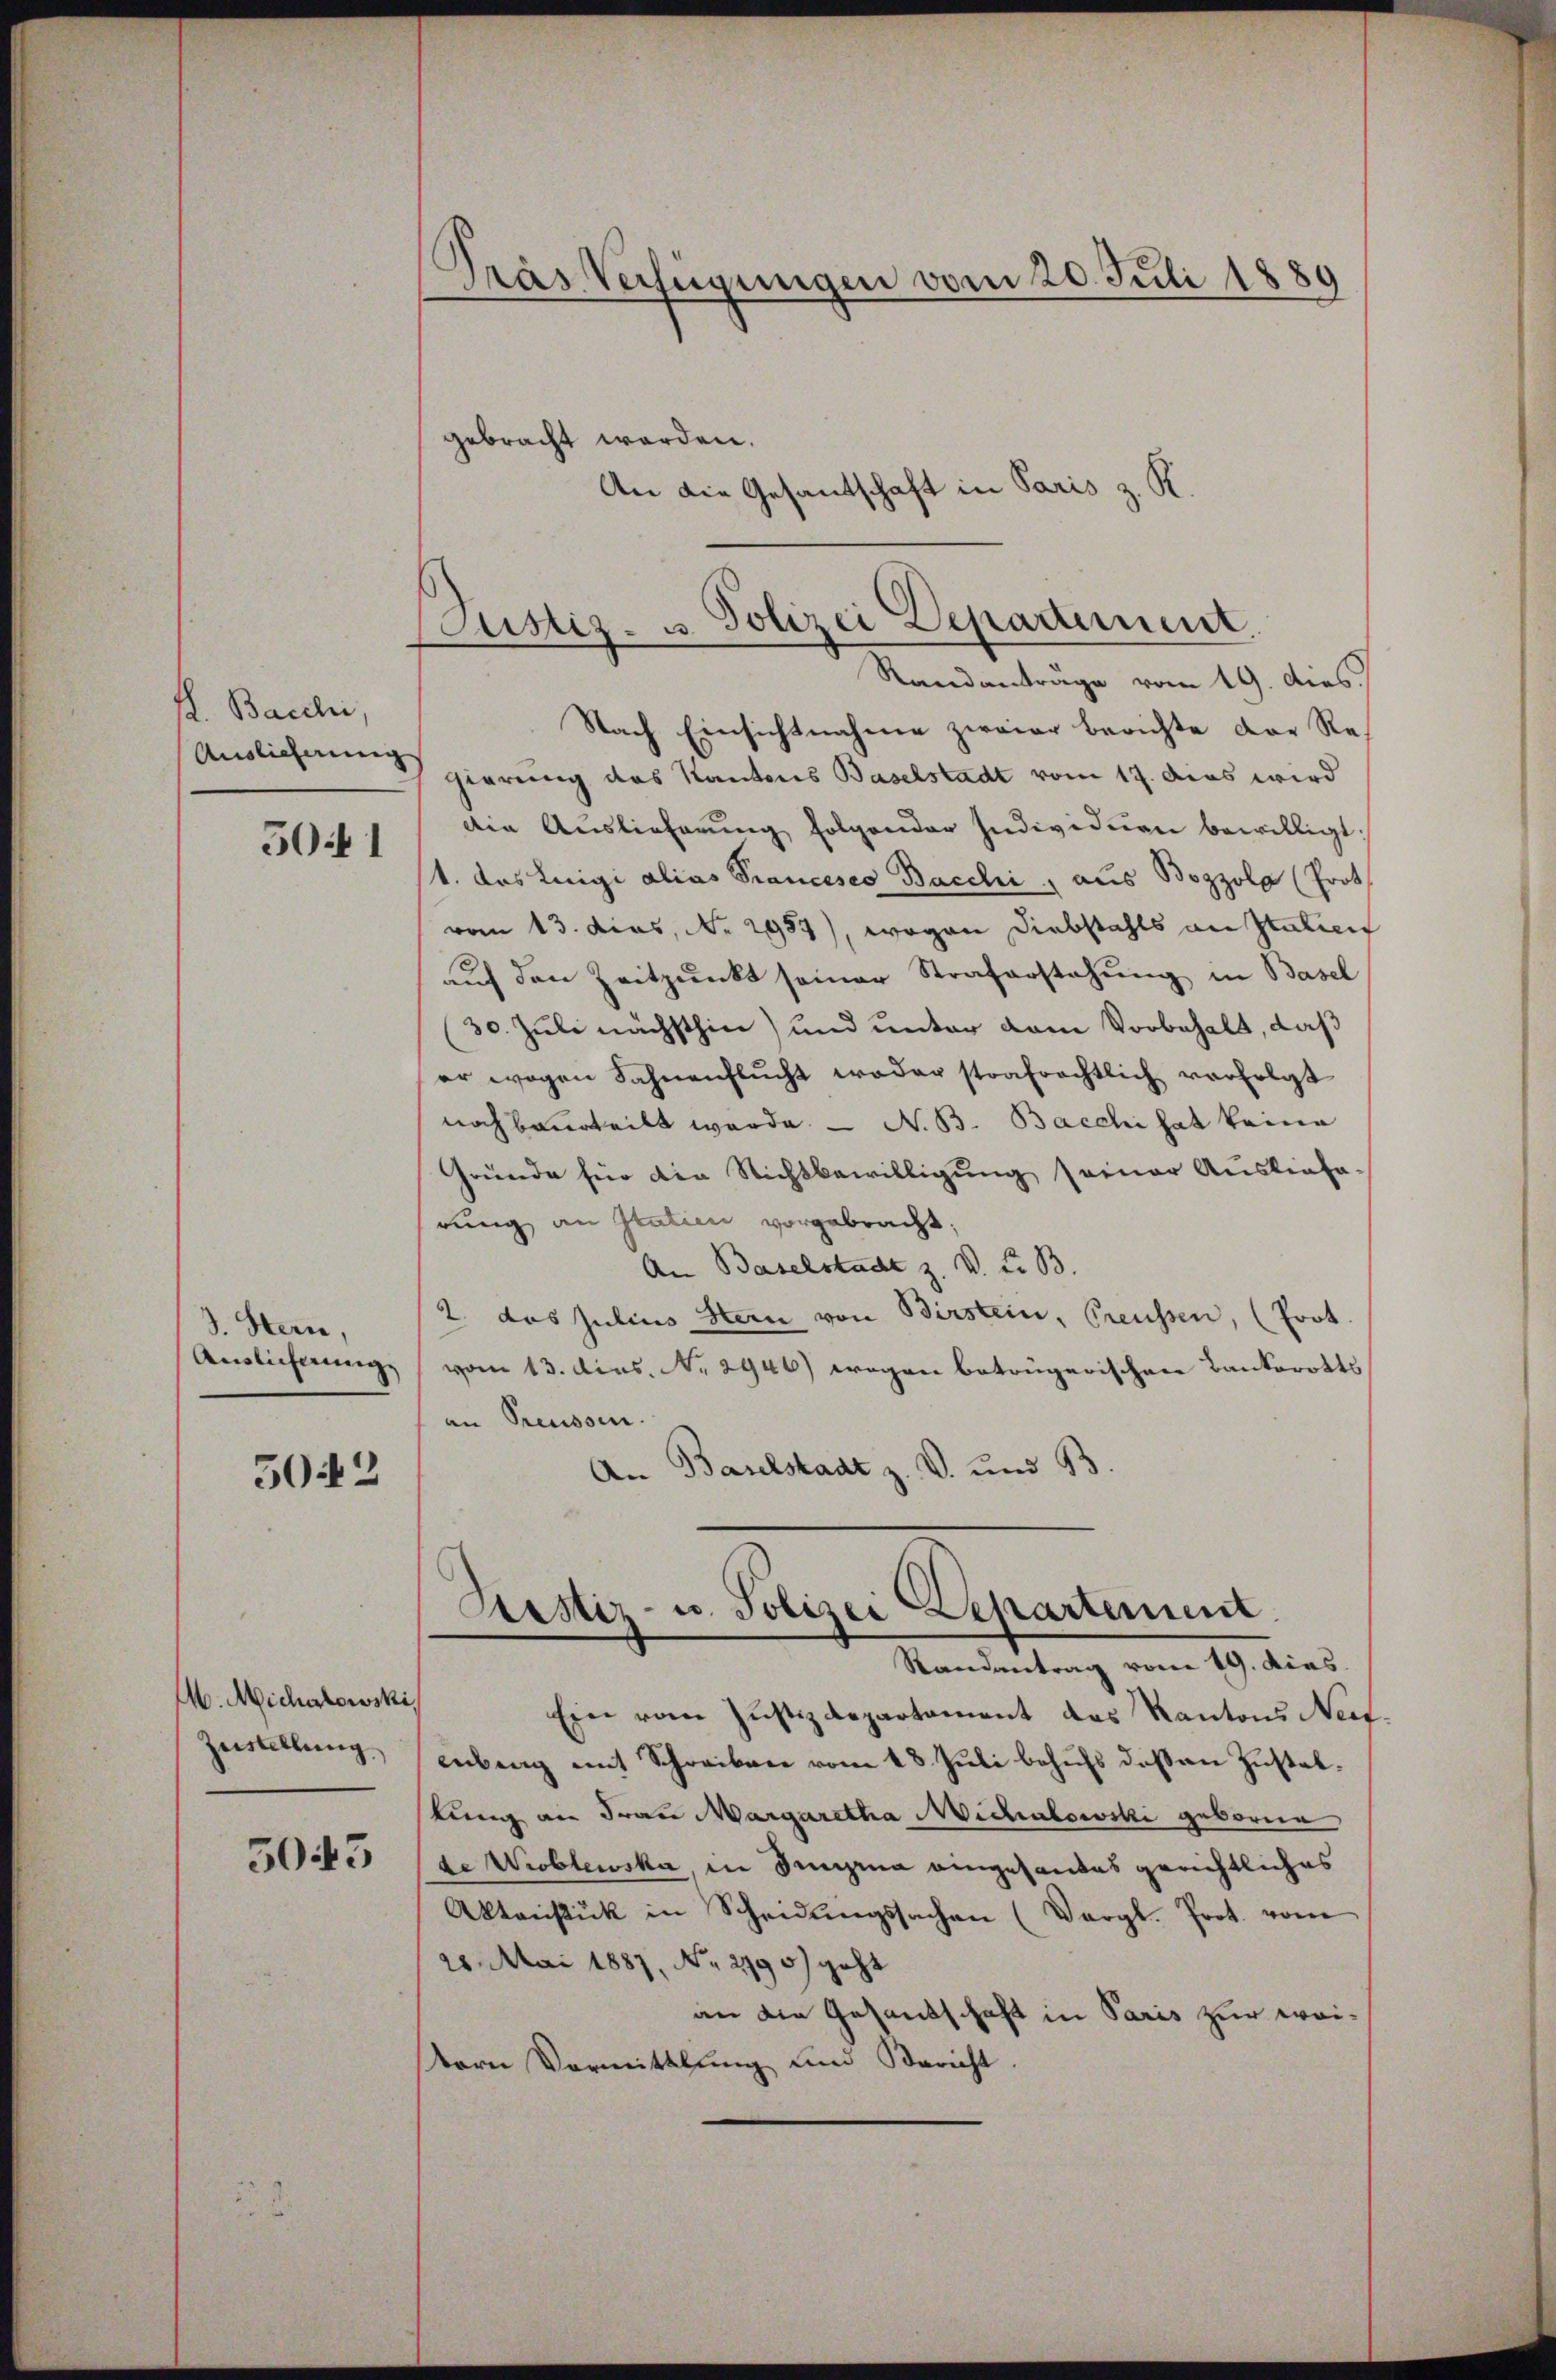
K. Bacchi,
Auslieferung
50 f 1

3. Stern,

5042

A. Micharlowski,
Zeistellung

5043

Pras Verfügungen vom 20. Juli 1889

gebracht werden.
An die Gesantschaft in Paris z. R.

Justiz- u. Polizei Departement.
Randanträge vom 19. dies
Nach Einsichtnahme zweier berichte der Re

gierung das Kantons Baselstadt vom 17. Das wird
Die Auslieferŭng folgender Individuen bewilligt:
1. das Luigi alias Prancesco Bacchi, aus Bozzola (Prot
vom 13. dies, No 2987), wogen Diebstahls an Italien
aŭf den Zeitpunkt seiner Strafarstehung in Basel
(30. Juli nächsthin) und unter vom Vorbehalt, daß
er wegen Sahnenflŭcht weder strafrechtlich vorerlaß
noch beurteilt werde. — N. B. Bacchi hat keine
Gründe für die Nichtbewilligung seiner Ausliefa-
rung an Statien vorgebracht;
An Baselstadt z. V. Z. B.
2. das Julius Hern von Birstein, Preussen, (Prot.
Anslicherung (vom 13. dies. No. 2946) wegen betrügerischen Bankerotts
an Preussen.
An Baselstadt z. V. und 13.

Ein vom Justizdepartament des Kantons Nefenberg mit Schreiben vom 18. Juli behufs deßen Zustatstung an Frau Margaretha Michalowcki geborene
de Wioblewska, in Dingina eingesandes gerichtliches
Aktenstück in Scheidŭngssachen (Vergl. Prot. vom
26. Mai 1887, No. 2990) geht
an die Gesandschaft in Paris zur weidorn Vormittlung und Bericht.

Bestiz- u. Polizei Departement
Randantrag vom 19. dies.